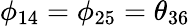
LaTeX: \phi_{14}=\phi_{25}=\theta_{36}